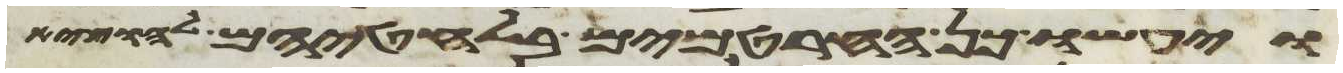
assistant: ויעשו כן החרטמים בלחטיהם להוציא